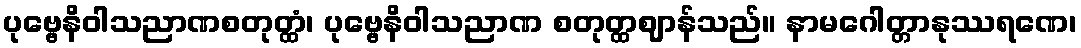
ပုဗ္ဗေနိဝါသညာဏစတုတ္ထံ၊ ပုဗ္ဗေနိဝါသညာဏ စတုတ္ထဈာန်သည်။ နာမဂေါတ္တာနုဿရဏေ၊